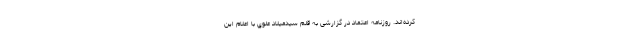
كرده‌اند. روزنامه اعتماد در گزارشی به قلم سيدميلاد علوي با اعلام این